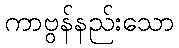
ကာဗွန်နည်းသော